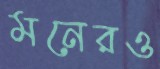
মনেরও